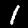
Label: 1